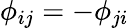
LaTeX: \phi_{ij}=-\phi_{ji}